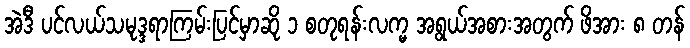
အဲဒီ ပင်လယ်သမုဒ္ဒရာကြမ်းပြင်မှာဆို ၁ စတုရန်းလက္မ အရွယ်အစားအတွက် ဖိအား ၈ တန်